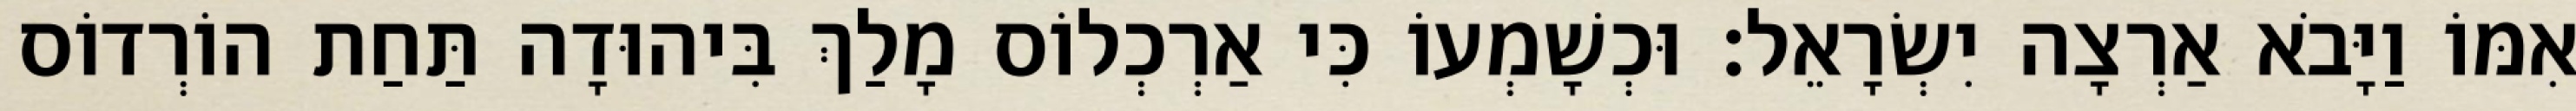
אִמּוֹ וַיָּבֹא אַרְצָה יִשְׂרָאֵל׃ וּכְשָׁמְעוֹ כִּי אַרְכְלוֹס מָלַךְ בִּיהוּדָה תַּחַת הוֹרְדוֹס